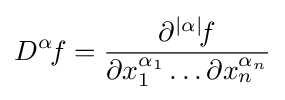
D^{\alpha \!}f={\frac {\partial ^{|\alpha |}\!f}{\partial x_{1}^{\alpha _{1}}\dots \partial x_{n}^{\alpha _{n}}}}